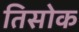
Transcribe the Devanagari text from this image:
तिसोक